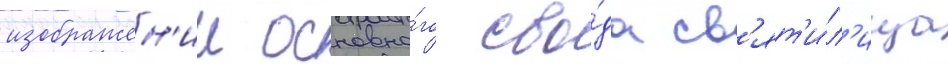
изображен'ии основно́го сво́да св'ят'и́л'ища